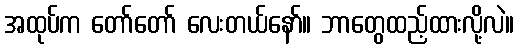
အထုပ်က တော်တော် လေးတယ်နော်။ ဘာတွေထည့်ထားလို့လဲ။